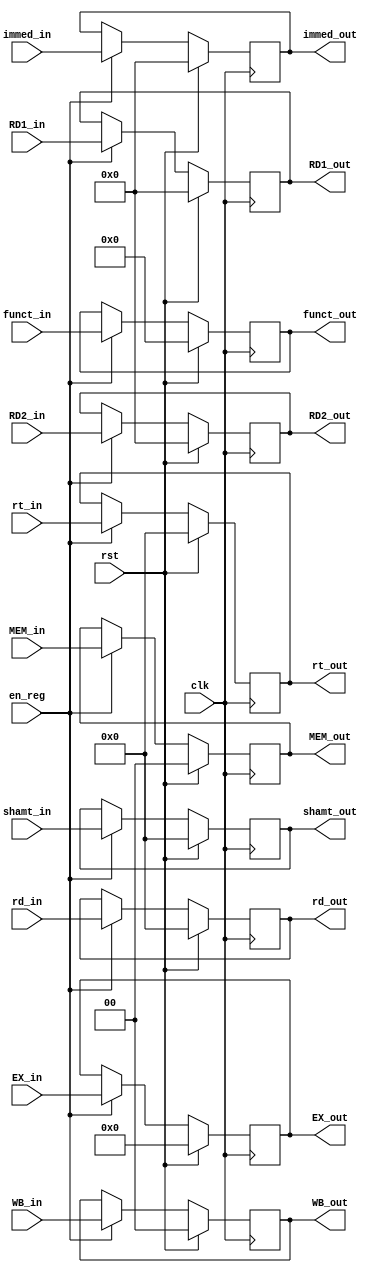

module ID_EX ( clk, rst, en_reg, WB_out, MEM_out, EX_out, shamt_out, funct_out, RD1_out, RD2_out, immed_out, rt_out, rd_out,
								 WB_in,  MEM_in,  EX_in,  shamt_in,  funct_in,  RD1_in,  RD2_in,  immed_in,  rt_in,  rd_in );
    input clk, rst, en_reg;
	input [1:0]  WB_in;
	input [1:0]  MEM_in;
	input [3:0]  EX_in;
	input [4:0]	 rt_in, rd_in, shamt_in;
	input [5:0]  funct_in;
    input [31:0] RD1_in, RD2_in, immed_in;
	
	output [1:0]  WB_out;
	output [1:0]  MEM_out;
	output [3:0]  EX_out;
	output [4:0]  rt_out, rd_out, shamt_out;
	output [5:0]  funct_out;
    output [31:0] RD1_out, RD2_out, immed_out;
	
	reg	  [1:0]  WB_out;
	reg   [1:0]  MEM_out;
	reg   [3:0]  EX_out;
	reg   [4:0]  rt_out, rd_out, shamt_out;
	reg   [5:0]  funct_out;
    reg   [31:0] RD1_out, RD2_out, immed_out;
   
    always @( posedge clk ) begin
        if ( rst ) begin
		WB_out    <= 2'b0;
		MEM_out   <= 3'b0;
		EX_out	  <= 4'b0;
		shamt_out <= 5'b0;
		funct_out <= 6'b0;
		RD1_out   <= 32'b0;
		RD2_out   <= 32'b0; 
		immed_out <= 32'b0; 
		rt_out    <= 5'b0; 
		rd_out    <= 5'b0;
	end
        else if ( en_reg ) begin
		WB_out    <=  WB_in;
		MEM_out   <=  MEM_in;
		EX_out	  <=  EX_in;
		shamt_out <=  shamt_in;
		funct_out <=  funct_in;
		RD1_out   <=  RD1_in;
		RD2_out   <=  RD2_in; 
		immed_out <=  immed_in; 
		rt_out    <=  rt_in; 
		rd_out    <=  rd_in;
	end
    end
endmodule